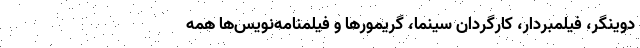
دوینگر، فیلمبردار، کارگردان سینما، گریمورها و فیلمنامه‌نویس‌ها همه